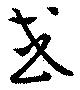
或